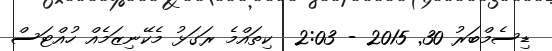
ޑިސެމްބަރު 30